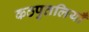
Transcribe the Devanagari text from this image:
कठपुतलियाँ